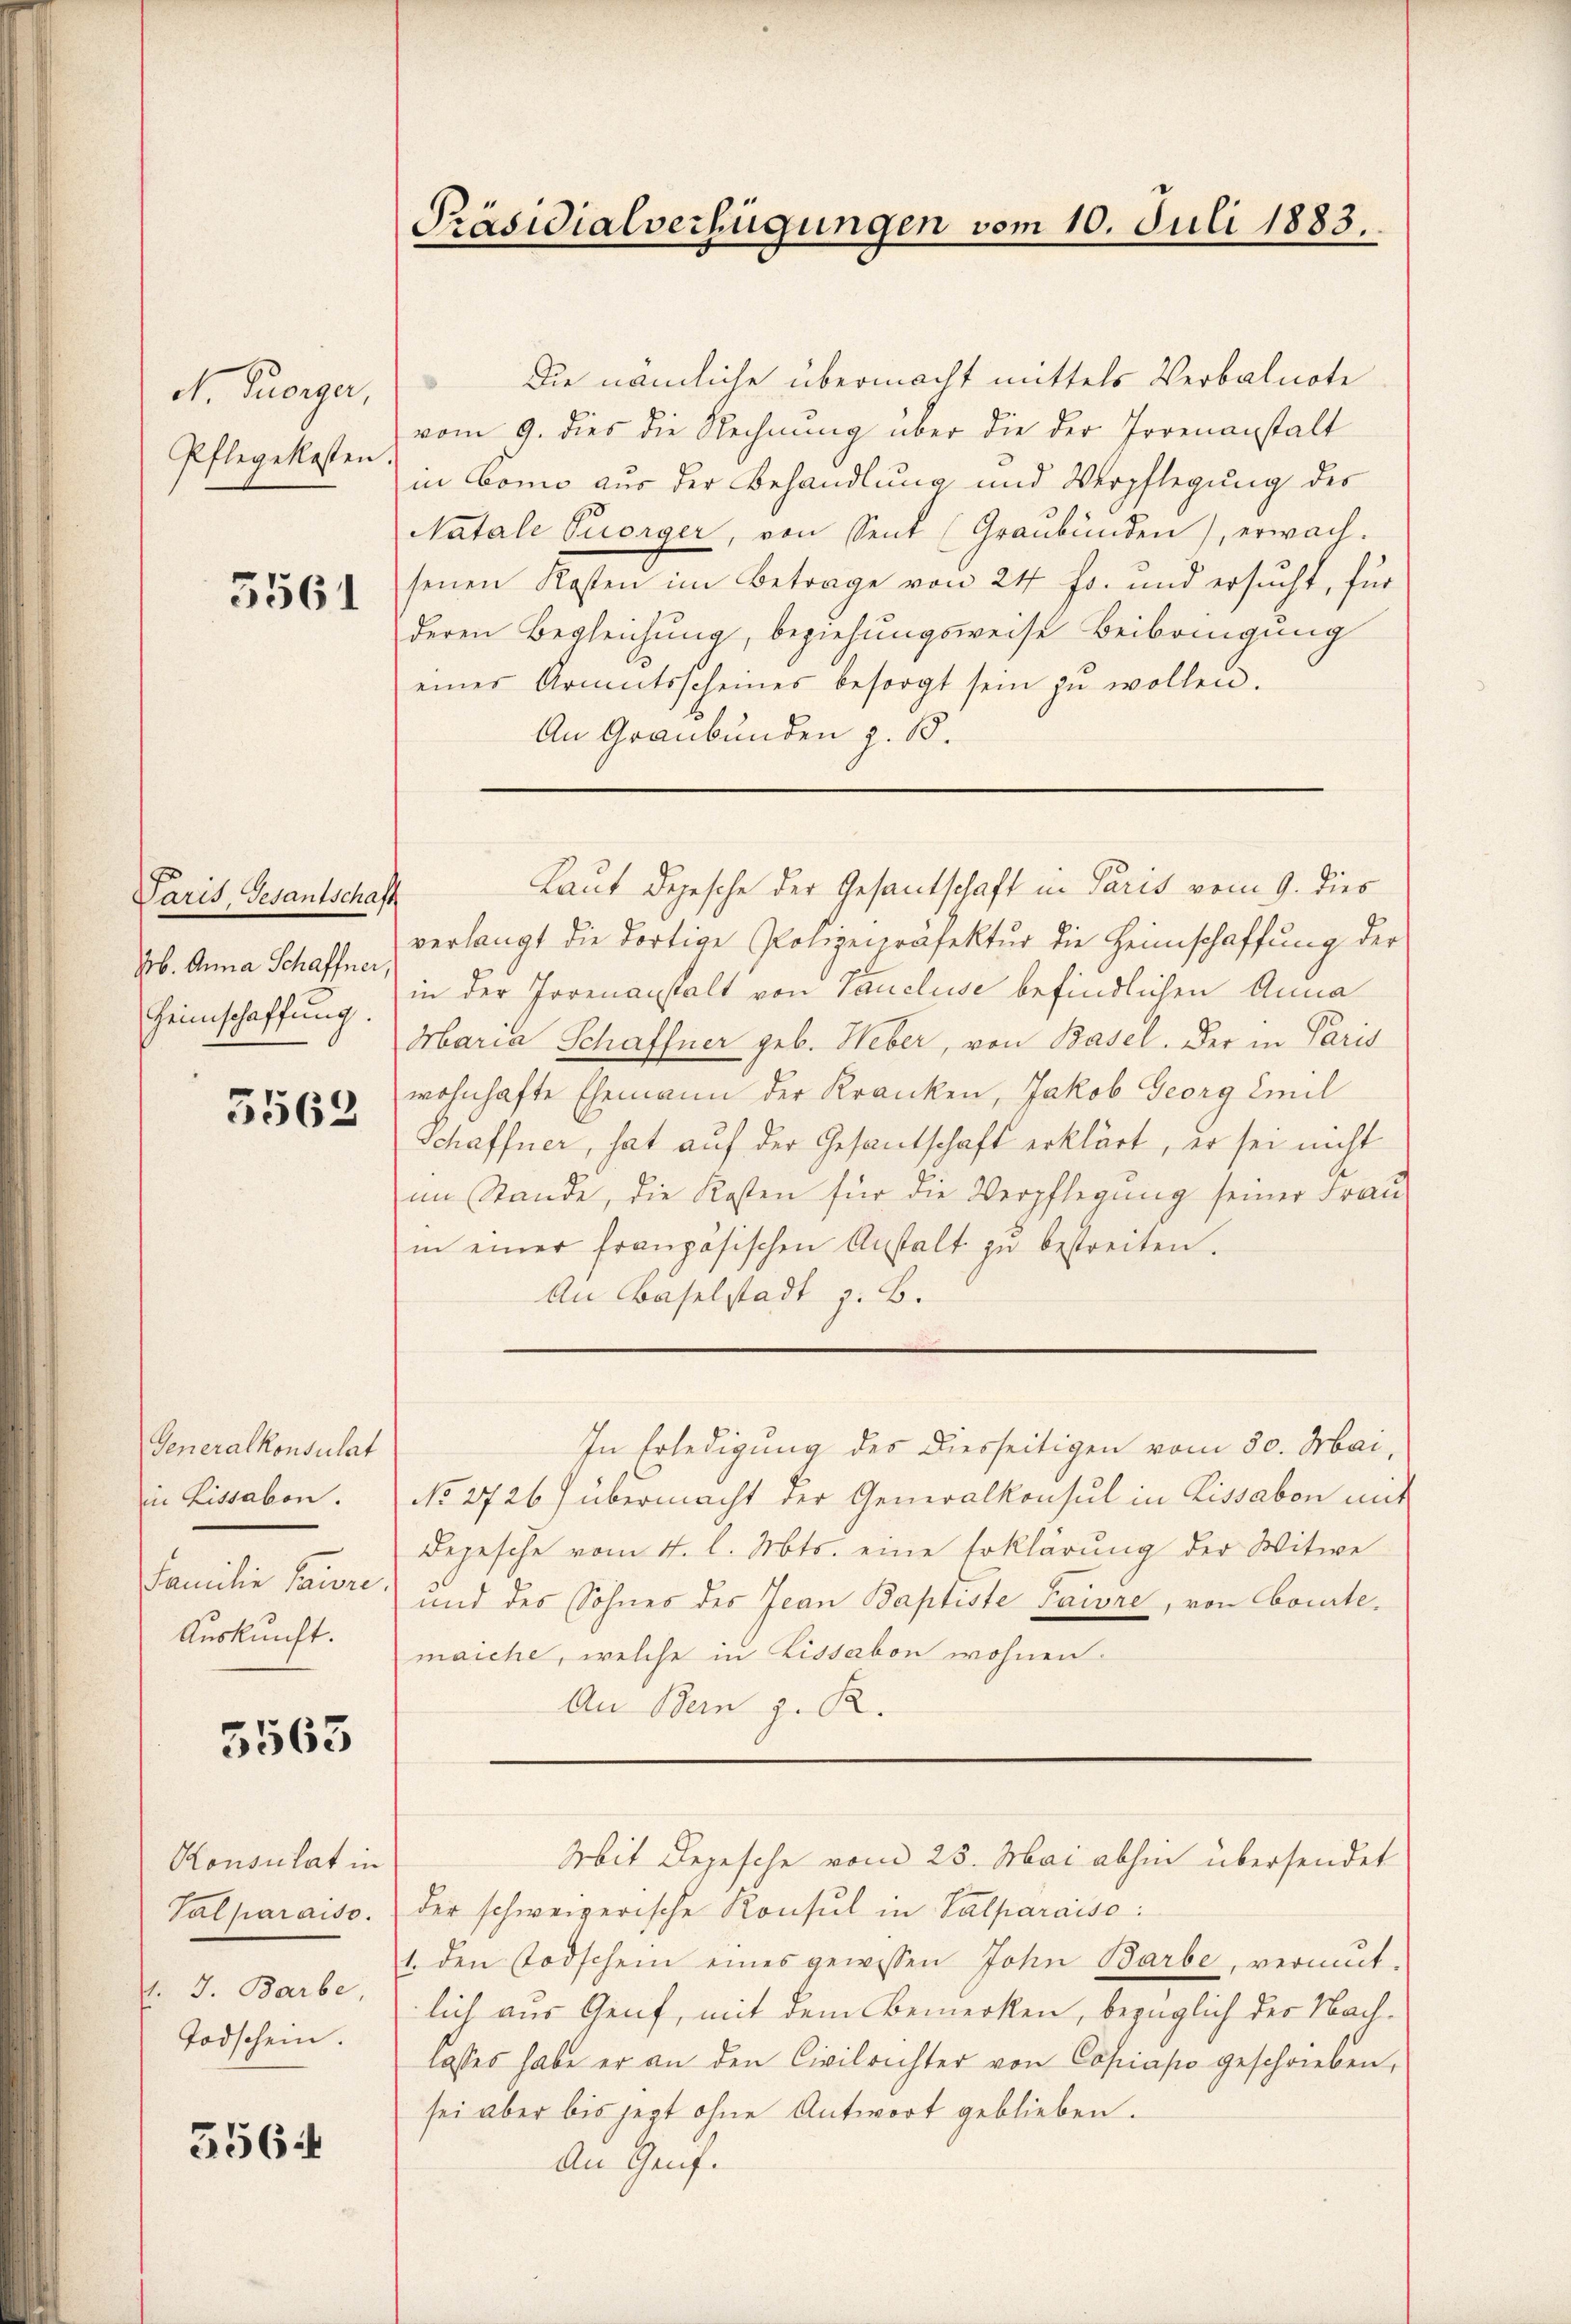
dh. Georger,
Pflegekosten

3561

Paris, Gesantschaft
146. Anna Schaffner,
Heimschaffung.

5562

Generalkonsulat
in Lissabon.
Familie Laure.
Auskunft.

5563

Konsulat in
Valparaiso
f. J. Barbe,
Todschein.

3564

Präsidialverfügungen vom 10. Juli 1883.

Die nämliche übermacht mittels Verbalnote
vom 9. dies die Rechnung über die der Torenanstalt
in Como aus der Behandlung und Verpflegung des
Natale Tuorger, von Sent (Graubünden), erwach-
senen Kosten im Betrage von 24 fr. und ersucht, für
deren Begleichung, beziehungsweise Beibringung
eines Armutsscheines besorgt sein zŭ wollen.
An Graubünden z. B.

verlangt die dortige Polizeipräfektur die Heimschaffung der
in der Jorenanstalt von Taucluse befindlichen Anna
Abaria Schaffner geb. Heber, von Basel. Der in Paris
wohnhafte Ehemann der Kranken, Jakob Georg Emil
Schaffner, hat auf der Gesantschaft erklärt, er sei nicht
im Stande, die Kosten für die Verpflegung seiner Frau
in einer französischen Anstalt zŭ bestreiten.
An Baselstadt z. B.
In Erledigung des diesseitigen vom 30. Mai,
No 2726) übermacht der Generalkonsul in Lissabon mit
Depesche vom 4. l. Mts. eine Erklärung der Witwe
und des Sohnes des Jean Baptiste Taire, von Comite.
maiche, welche in Lissabon wohnen.
An Bern z. R.

Laut Depesche der Gesantschaft in Paris vom 9. dies

der schweizerische Konsul in Valparaiso:
1. den Todschein eines gewissen John Barbe, vermut-
lich aus Genf, mit dem Bemerken, bezüglich des Nachlasses habe er an den Civilrichter von Copiapo geschrieben,
sei aber bis jezt ohne Antwort geblieben.
An Genf.

Abit Depesche vom 25. Mai abhin übersendet